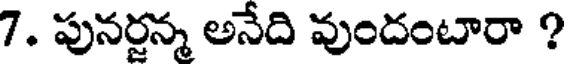
7. పునర్జన్మ అనేది వుందంటారా ?